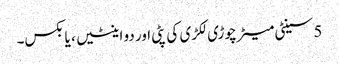
5 سینٹی میٹر چوڑی لکڑی کی پٹی اور دو اینٹیں ، یا بکس۔